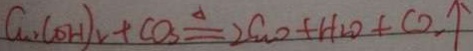
C u ( O H ) _ { 2 } + C O _ { 3 } = 2 C u O + H _ { 2 } O + C O _ { 2 } \uparrow